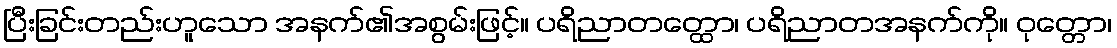
ပြီးခြင်းတည်းဟူသော အနက်၏အစွမ်းဖြင့်။ ပရိညာတတ္ထော၊ ပရိညာတအနက်ကို။ ဝုတ္တော၊